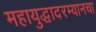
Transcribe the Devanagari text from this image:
महायुद्धादरम्यानचा